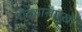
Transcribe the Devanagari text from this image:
गोळ्यासारखा